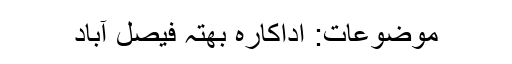
موضوعات: اداکارہ بھتہ فیصل آباد